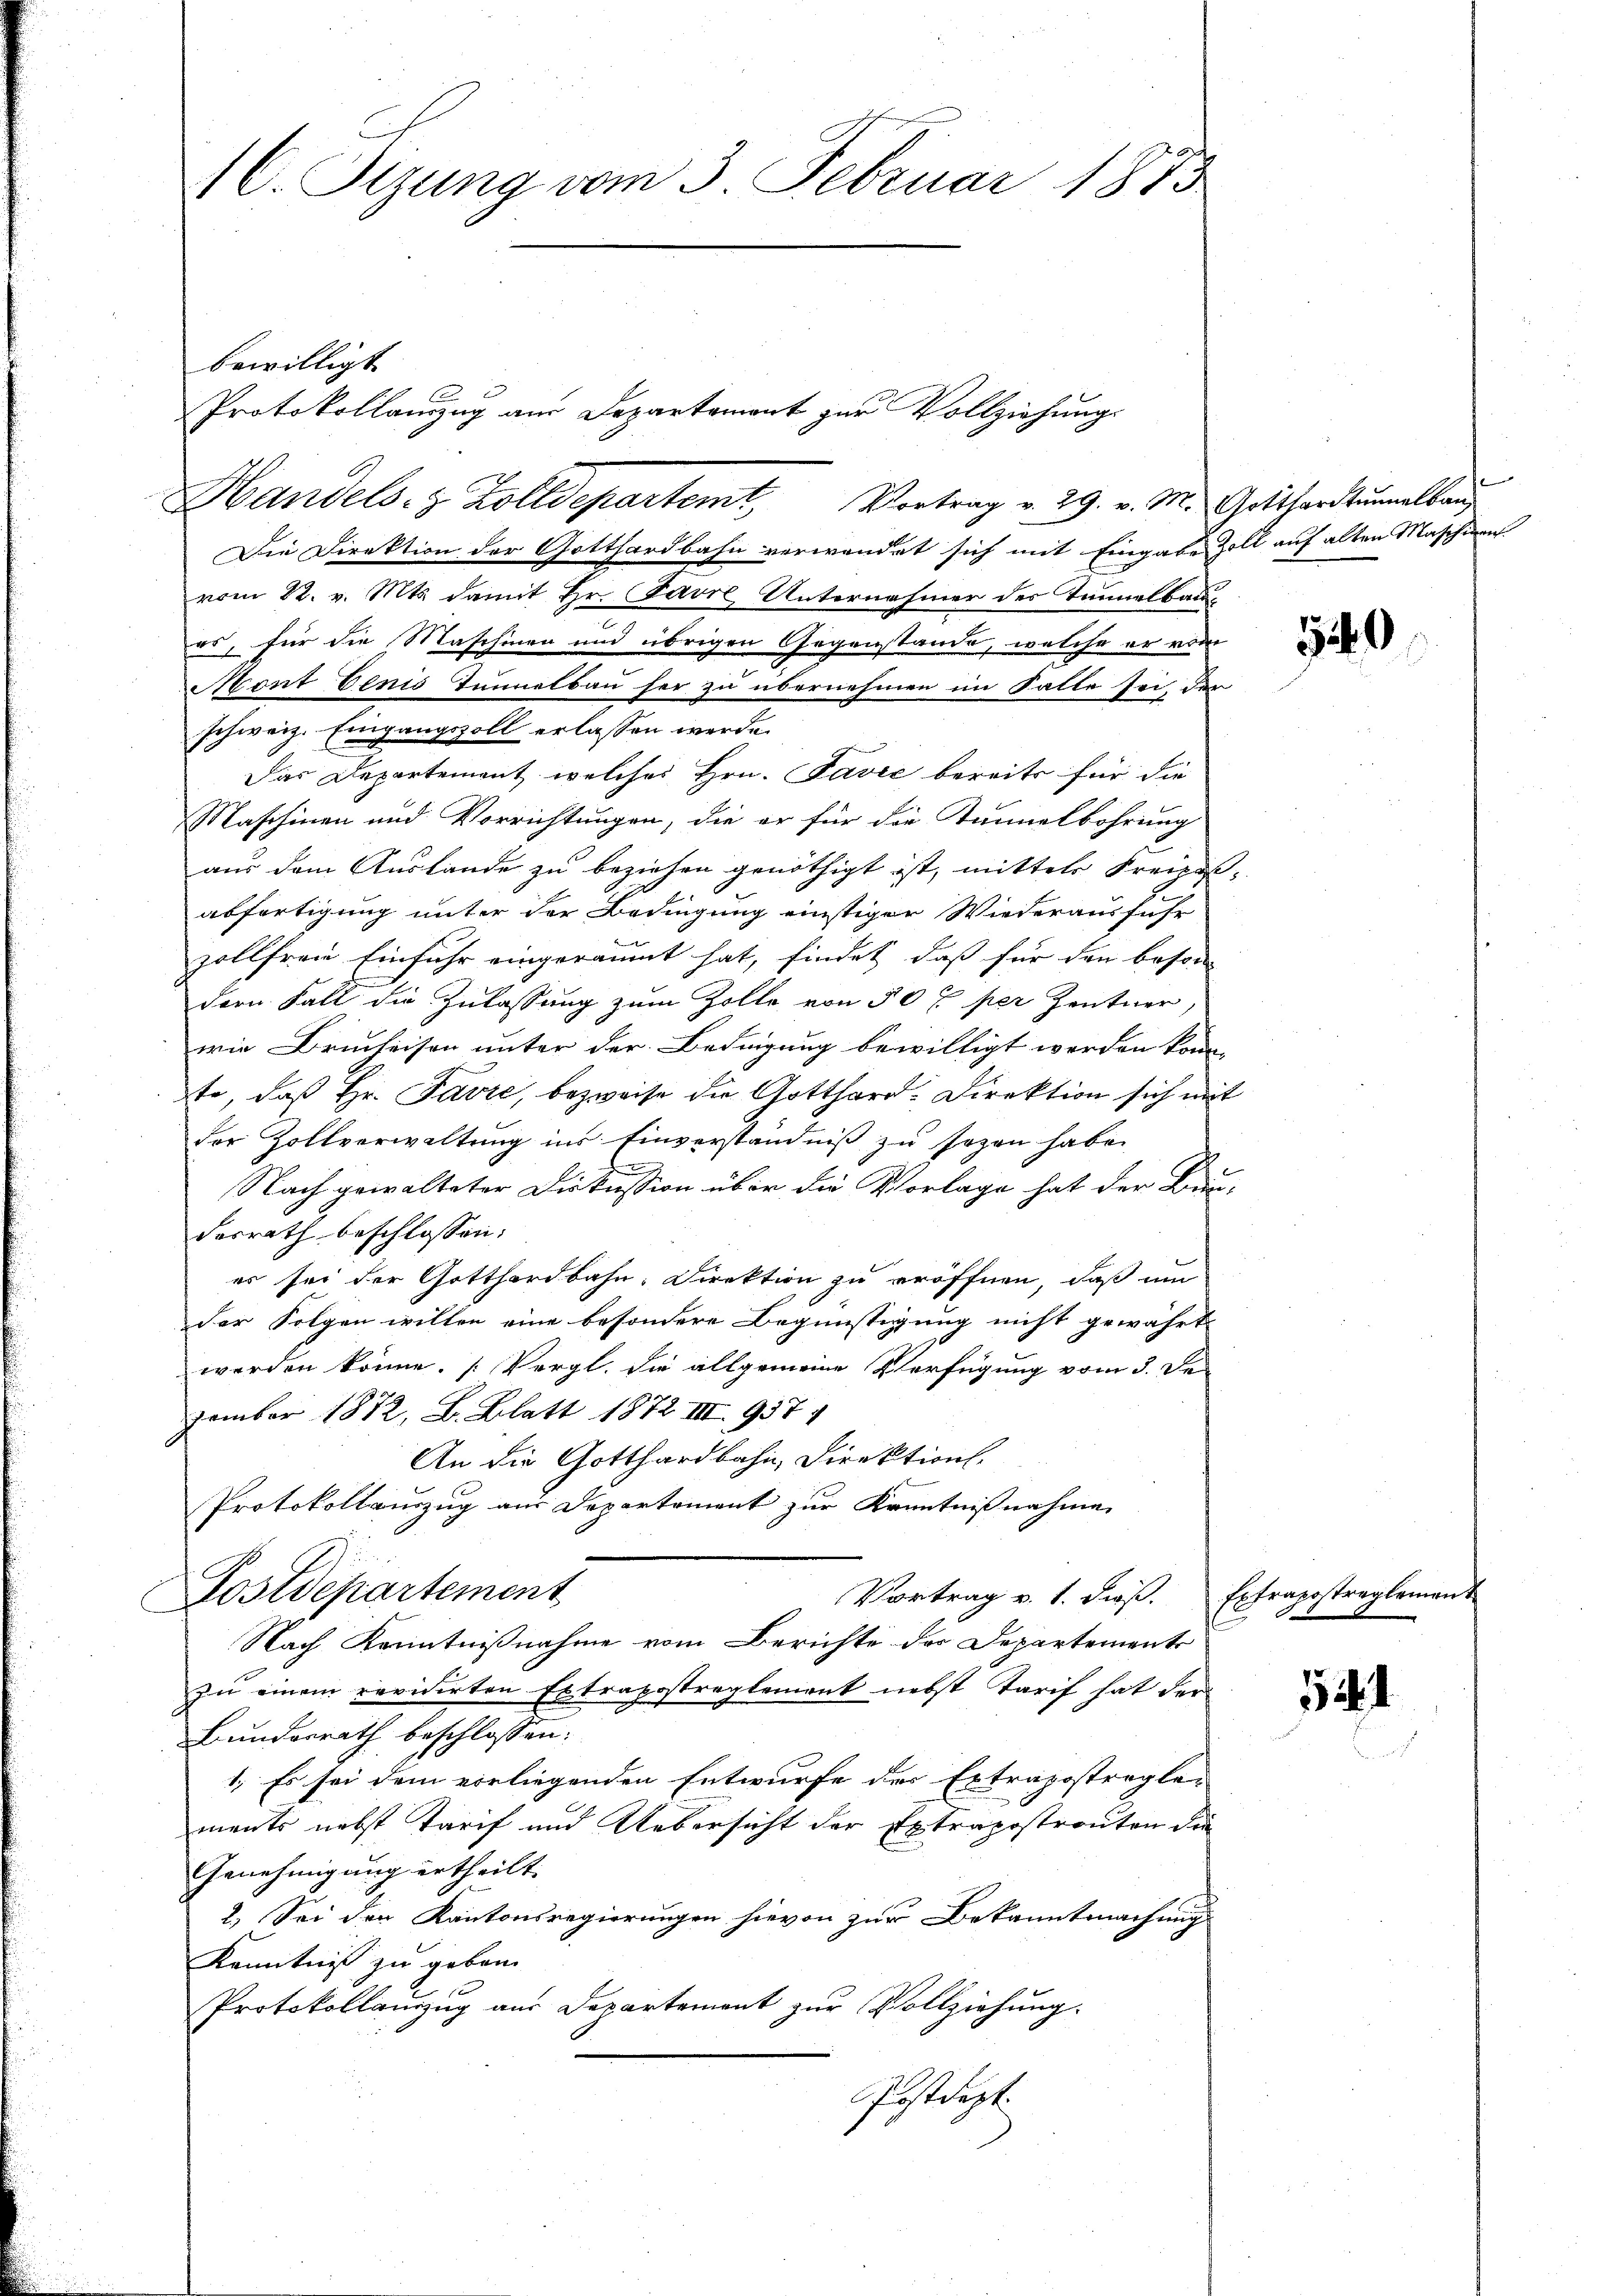
46. Sizung vom 3. Februar 1833

Handels- & Zolldepartemt. Vortrag v. 29. v. M. Gotthardtŭmalber

Protokollanzug aus Departement zur Vollziehung.

bewilligt
Die Direktion der Gotthardbahn verwendet sich mit Eingabe Zoll auf alten Maschinen.
vom 22. v. Mts. damit Hr. Favre Unternahmer des Tannelbaues, für die Maschinen und übrigen Gegenstande, welche er vom
Mont benis Tunnelbau her zu übernehmen im Falle sei, der
schweiz. Eingangszoll erlassen werde.
Das Departement, welches Hrn. Favić bereits für die
Maschinen und Vorrichtungen, die er für die Tunnelbohrung
aus dem Auslande zu beziehen genöthigt ist, mittels Freihas
abfertigung unter der Bedingung einstiger Wiederausführ
zollfrei Einfuhr eingeräumt hat, findet, daß für den beson
dern Fall die Zulassung zum Zolle von 50 x per Zentner,
wie Bruheisen unter der Bedingung bewilligt werden könn-
te, daß Hr. Favre, bezweife die Gotthard-Direktion sich mit
der Zollverwaltung ins Einverständniß zu sezen habe.
.
Nach gewalteter Diskussion über die Vorlage hat der Bun-
desrath beschlossen:
es sei der Gotthardbahn-Direktion zu eröffnen, daß um
der Folgen willen eine besondere Begünstigung nicht gewährt
werden könne. [Vergl. die allgemeine Verfügung vom 3. De
zember 1872, B. Blatt 1872 III 9374
An die Gotthardbahn, Direktion.
Protokollauszug aus Departement zur Kenntnißnahme
Postdepartement
Vortrag v. 1. dieß. Extrapostreglement
Nach Kenntnißnahme vom Berichte der Departements
zu einem revidirten Extrapostreglement nebst Tarif hat der
Bundesrath beschlossen:
1. Es sei dem vorliegenden Entwurfe des Ertragsstragle-
ments nebst Tarif und Uebersicht der Extrapostronten die
Genehmigung ertheilt.
2.) Sei den Kantonsregierungen hievon zur Bekanntmachung
Kenntnis zu geben.
Protokollauszug aus Departement zur Vollziehung.
Postdept.

340.

5141